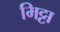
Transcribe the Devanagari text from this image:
मिट्टा